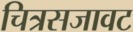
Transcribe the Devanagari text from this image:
चित्रसजावट